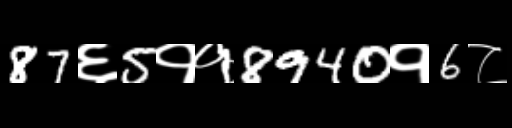
Text: 87६5११8940१6८